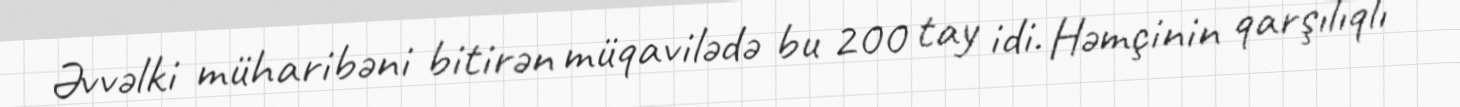
Əvvəlki müharibəni bitirən müqavilədə bu 200 tay idi. Həmçinin qarşılıqlı